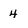
Character: 4